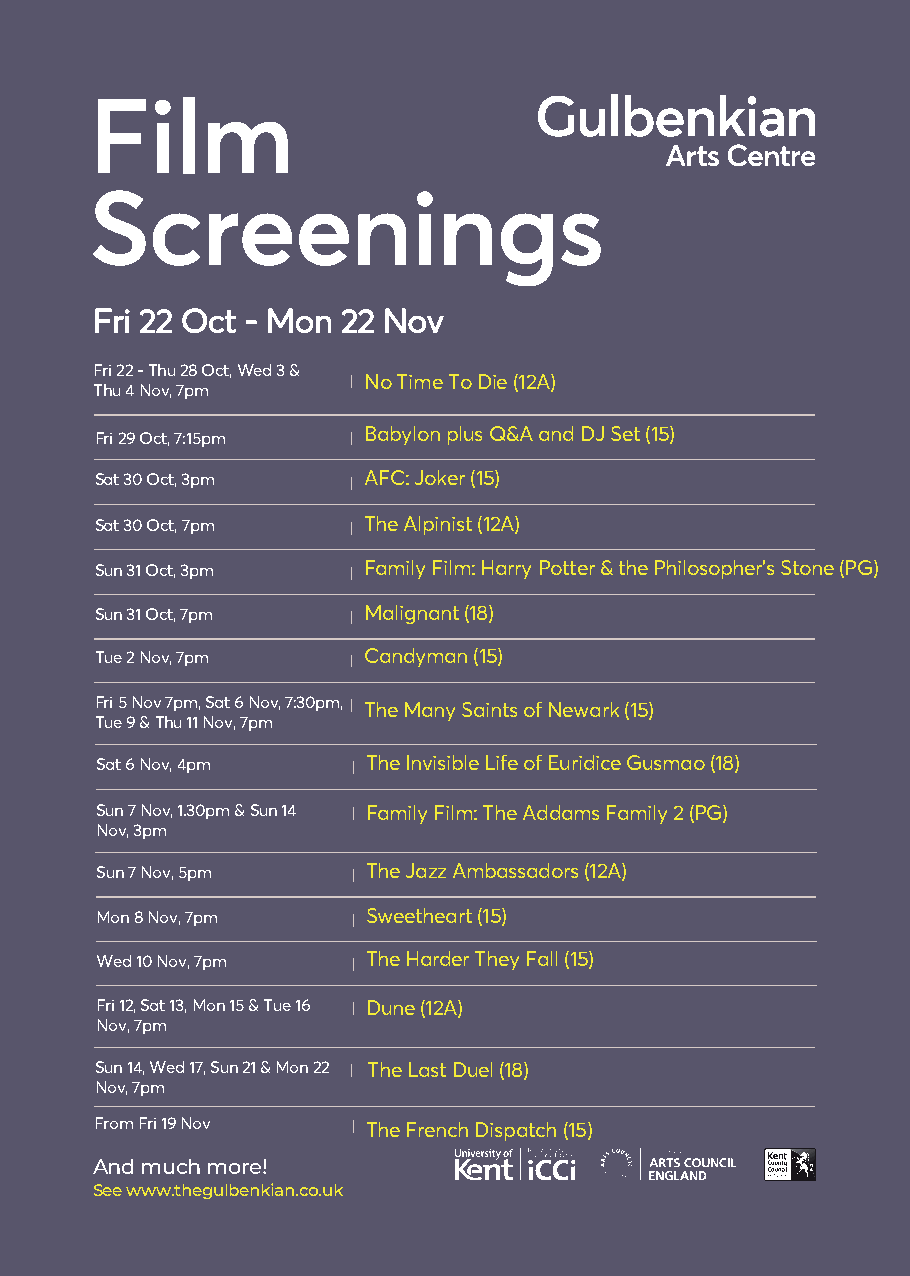
Film
 Screenings
 Fri 22 Oct - Mon 22 Nov
 Fri 22 - Thu 28 Oct, Wed 3 &
 No Time To Die (12A)
 Thu 4 Nov, 7pm
 Babylon plus Q&A and DJ Set (15)
 Fri 29 Oct, 7:15pm
 Sat 30 Oct, 3pm   AFC: Joker (15)
 Sat 30 Oct, 7pm   The Alpinist (12A)
 Sun 31 Oct, 3pm   Family Film: Harry Potter & the Philosopher's Stone (PG)
 Sun 31 Oct, 7pm   Malignant (18)
 Tue 2 Nov, 7pm    Candyman (15)
 Fri 5 Nov 7pm, Sat 6 Nov, 7:30pm, The Many Saints of Newark (15)
 Tue 9 & Thu 11 Nov, 7pm
 Sat 6 Nov, 4pm    The Invisible Life of Euridice Gusmao (18)
 Sun 7 Nov, 1.30pm & Sun 14 Family Film: The Addams Family 2 (PG)
 Nov, 3pm
 Sun 7 Nov, 5pm    The Jazz Ambassadors (12A)
 Mon 8 Nov, 7pm    Sweetheart (15)
 Wed 10 Nov, 7pm   The Harder They Fall (15)
 Fri 12, Sat 13, Mon 15 & Tue 16 Dune (12A)
 Nov, 7pm
 Sun 14, Wed 17, Sun 21 & Mon 22 The Last Duel (18)
 Nov, 7pm
 From Fri 19 Nov   The French Dispatch (15)
 And much more!
 See www.thegulbenkian.co.uk